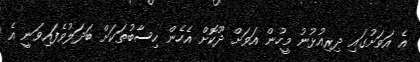
އެ އަވަށުގައި ދިރިއުޅުނު މީހުން އަވަށް ދޫކޮށް އެހެން ހިސާބުތަކަށް ބަދަލުވެފައިވަނީ އެ